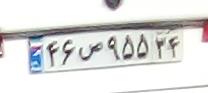
۴۶ص۹۵۵۳۴